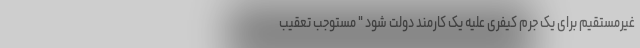
غیرمستقیم برای یک جرم کیفری علیه یک کارمند دولت شود " مستوجب تعقیب